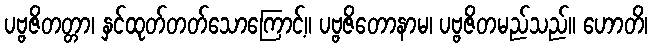
ပဗ္ဗဇိတတ္တာ၊ နှင်ထုတ်တတ်သောကြောင့်။ ပဗ္ဗဇိတောနာမ၊ ပဗ္ဗဇိတမည်သည်။ ဟောတိ၊